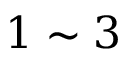
1 \sim 3